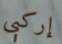
إركبي